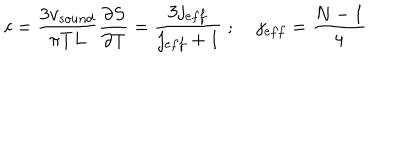
c = \frac { 3 v _ { s o u n d } } { \pi T L } \frac { \partial S } { \partial T } = \frac { 3 j _ { e f f } } { j _ { e f f } + 1 } \; ; \; j _ { e f f } = \frac { N - 1 } { 4 }